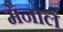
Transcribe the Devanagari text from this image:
मैनाल